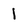
Character: 1